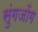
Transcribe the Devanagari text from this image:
सुंगजोंग